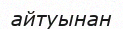
айтуынан